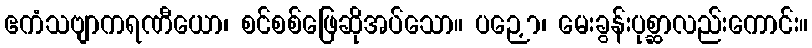
ဧကံသဗျာကရဏီယော၊ စင်စစ်ဖြေဆိုအပ်သော။ ပဉှော၊ မေးခွန်းပုစ္ဆာလည်းကောင်း။